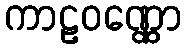
ကာဠဝဏ္ဏော